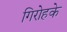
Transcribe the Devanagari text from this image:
गिरोहके